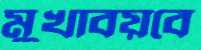
মুখাবয়বে